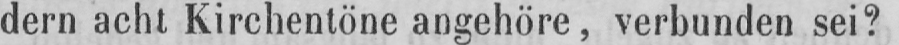
dern acht Kirchentöne angehöre, verbunden sei?